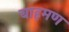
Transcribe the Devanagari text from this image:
बाह़मण